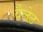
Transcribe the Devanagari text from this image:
वैलेट